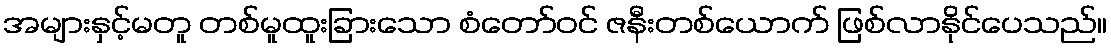
အများနှင့်မတူ တစ်မူထူးခြားသော စံတော်ဝင် ဇနီးတစ်ယောက် ဖြစ်လာနိုင်ပေသည်။